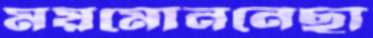
ময়মোননেছা